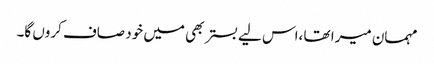
مہمان میرا تھا ،اس لیے بستر بھی میں خود صاف کروں گا۔